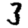
Digit: 3